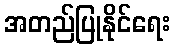
အတည်ပြုနိုင်ရေး